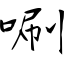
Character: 唰